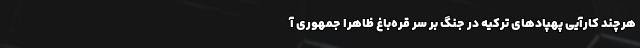
هرچند کارآیی پهپادهای ترکیه‌‌ در جنگ بر سر قره‌باغ ظاهرا جمهوری آ